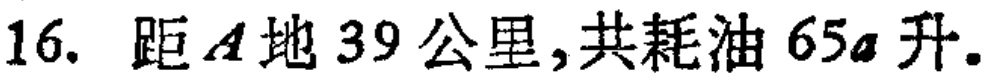
16. 距\(A\)地\(39\)公里,共耗油\(65a\)升.